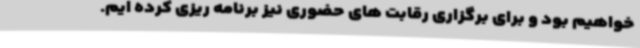
خواهیم بود و برای برگزاری رقابت های حضوری نیز برنامه ریزی کرده ایم.‌